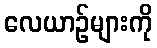
လေယာဉ်များကို